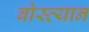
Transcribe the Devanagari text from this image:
बोस्त्यान